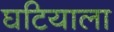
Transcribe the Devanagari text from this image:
घटियाला